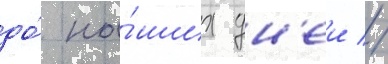
до́ на́ших дн'еи //